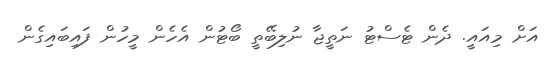
އަށް މިއައީ. ދެން ޓެސްޓު ނަތީޖާ ނުލިބޭތީ ބޯޓުން އެހެން މީހުން ފައިބައިގެން